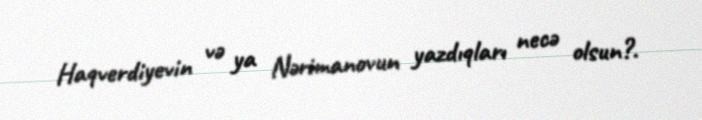
Haqverdiyevin və ya Nərimanovun yazdıqları necə olsun?.